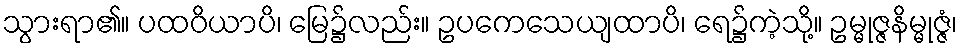
သွားရာ၏။ ပထဝိယာပိ၊ မြေ၌လည်း။ ဥပကေသေယျထာပိ၊ ရေ၌ကဲ့သို့။ ဥမ္မုဇ္ဇနိမ္မုဇ္ဇံ၊